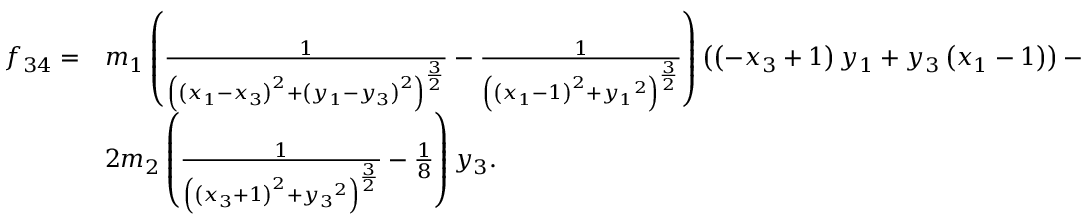
\begin{array} { l l } { f _ { 3 4 } = } & { { m _ { 1 } } \left( \frac { 1 } { \left( \left( { x _ { 1 } } - { x _ { 3 } } \right) ^ { 2 } + \left( { y _ { 1 } } - { y _ { 3 } } \right) ^ { 2 } \right) ^ { \frac { 3 } { 2 } } } - \frac { 1 } { \left( \left( { x _ { 1 } } - 1 \right) ^ { 2 } + { y _ { 1 } } ^ { 2 } \right) ^ { \frac { 3 } { 2 } } } \right) \left( \left( - { x _ { 3 } } + 1 \right) { y _ { 1 } } + { y _ { 3 } } \left( { x _ { 1 } } - 1 \right) \right) - } \\ & { 2 { m _ { 2 } } \left( \frac { 1 } { \left( \left( { x _ { 3 } } + 1 \right) ^ { 2 } + { y _ { 3 } } ^ { 2 } \right) ^ { \frac { 3 } { 2 } } } - \frac { 1 } { 8 } \right) { y _ { 3 } } . } \end{array}